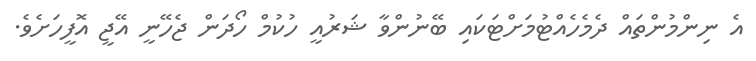
އެ ނިންމުންތައް ދެމެހެއްޓުމަށްޓަކައި ބޭނުންވާ ޝަރުއީ ހުކުމް ހޯދަން ޖެހޭނީ އޭޖީ އޮފީހަށެވެ.